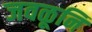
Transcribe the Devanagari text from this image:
जवळूनि